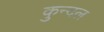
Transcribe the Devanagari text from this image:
कुन्दल